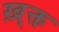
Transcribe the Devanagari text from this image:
ख़्क्त